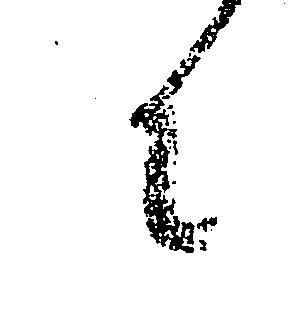
に